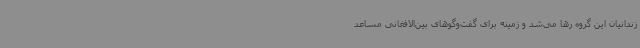
زندانیان این گروه رها می‌شد و زمینه برای گفت‌وگوهای بین‌الافغانی مساعد